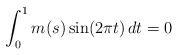
LaTeX: \begin{align*}\int_{0}^{1} m(s)\sin(2\pi t)\,dt = 0\end{align*}